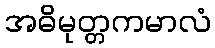
အဓိမုတ္တကမာလံ